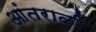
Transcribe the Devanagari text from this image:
आंतराळी